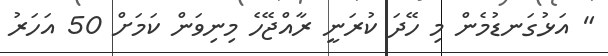
" އަޅުގަނޑުމެން މި ހޭދަ ކުރަނީ ރާއްޖޭހެ މިނިވަން ކަމަށް 50 އަހަރު